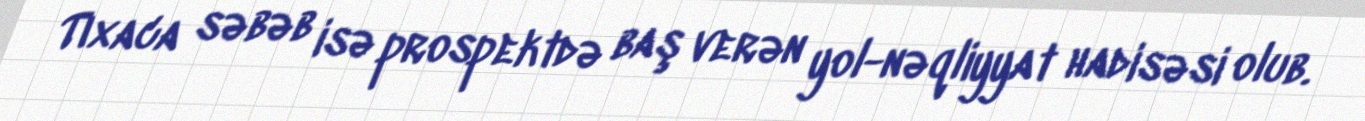
Tıxaca səbəb isə prospektdə baş verən yol-nəqliyyat hadisəsi olub.